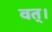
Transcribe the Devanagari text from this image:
वत्।